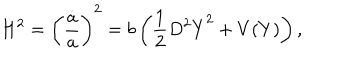
H ^ { 2 } = \left( { \frac { \dot { a } } { a } } \right) ^ { 2 } = b \left( { \frac { 1 } { 2 } } D ^ { 2 } \dot { Y } ^ { 2 } + V ( Y ) \right) ,